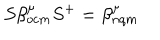
LaTeX: S \beta _ { o c m } ^ { \mu } S ^ { + } = \beta _ { n q m } ^ { \mu }